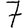
Digit: 7